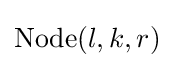
{\text{Node}}(l,k,r)